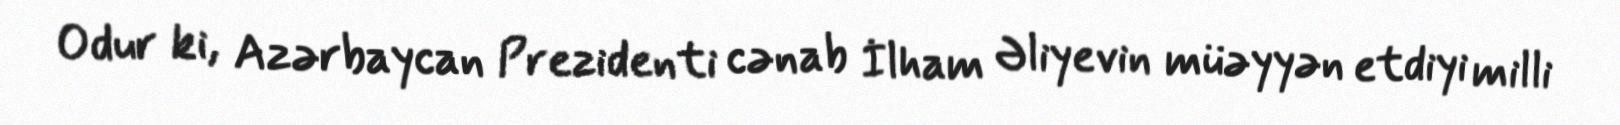
Odur ki, Azərbaycan Prezidenti cənab İlham Əliyevin müəyyən etdiyi milli